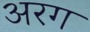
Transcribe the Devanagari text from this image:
अरग